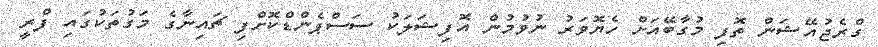
ގްރެޖުއޭޝަން ތޮފި މުގާބޭއަށް ހެޔޮވަރު ނުވުމުން އޮފިޝަލަކު ސަސްޕެންޑްކޮށްފި ޗައިނާގެ މަގުތަކުގައި ފްރީ